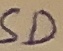
Text: SD